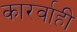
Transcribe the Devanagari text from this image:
कारर्वाही